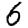
Digit: 6